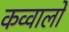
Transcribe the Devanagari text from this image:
कव्वालों